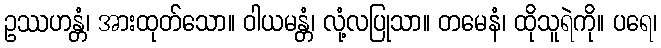
ဥဿဟန္တံ၊ အားထုတ်သော။ ဝါယမန္တံ၊ လုံ့လပြုသာ။ တမေနံ၊ ထိုသူရဲကို။ ပရေ၊